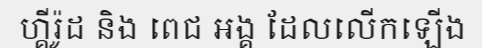
ហ្គីរ៉ូដ និង ពេជ អង្គ ដែលលើកឡើង